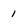
Character: 1